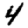
Digit: 4